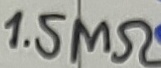
Text: 1.5MΩ